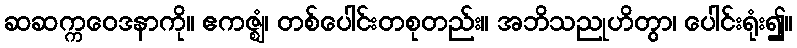
ဆဆက္ကဝေဒနာကို။ ဧကဇ္ဈံ၊ တစ်ပေါင်းတစုတည်း။ အဘိသညုဟိတွာ၊ ပေါင်းရုံး၍။